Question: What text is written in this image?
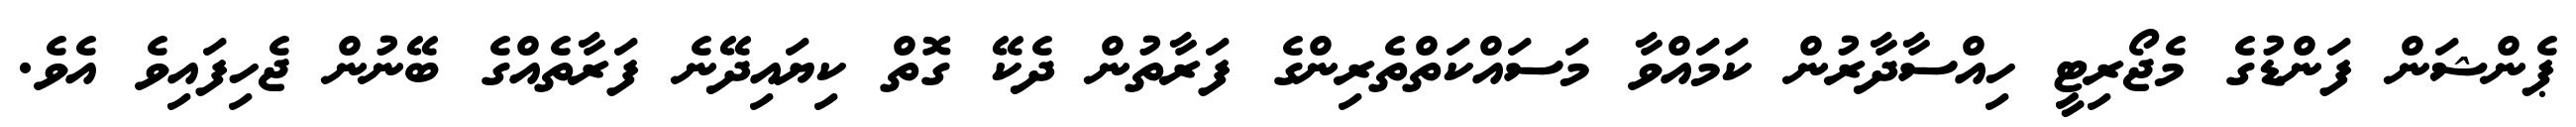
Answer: ޕެންޝަން ފަންޑުގެ މެޖޯރިޓީ ހިއްސާދާރުން ކަމައްވާ މަސައްކަތްތެރިންގެ ފަރާތުން ދެކޭ ގޮތް ކިޔައިދޭނެ ފަރާތެއްގެ ބޭނުން ޖެހިފައިވެ އެވެ.